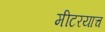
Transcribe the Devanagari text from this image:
मीटरयाच